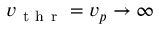
v _ { \mathrm { ~ t ~ h ~ r ~ } } = v _ { p } \to \infty